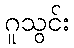
ဂူသွင်း